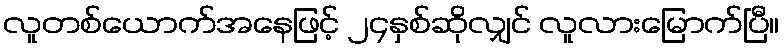
လူတစ်ယောက်အနေဖြင့် ၂၄နှစ်ဆိုလျှင် လူလားမြောက်ပြီ။